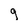
Character: q